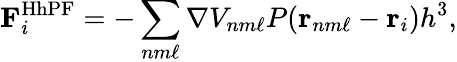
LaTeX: \mathbf{F}_{i}^{\mathrm{HhPF}}=-\sum_{nm\ell}\nabla V_{nm\ell}P(\mathbf{r}_{nm\ell}-\mathbf{r}_{i})h^{3},